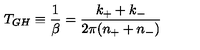
T _ { G H } \equiv \frac { 1 } { \beta } = \frac { k _ { + } + k _ { - } } { 2 \pi ( n _ { + } + n _ { - } ) }